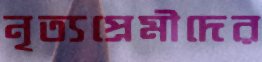
নৃত্যপ্রেমীদের